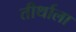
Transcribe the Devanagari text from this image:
तीर्थाला